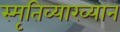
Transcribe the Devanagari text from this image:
स्मृतिव्याख्यान